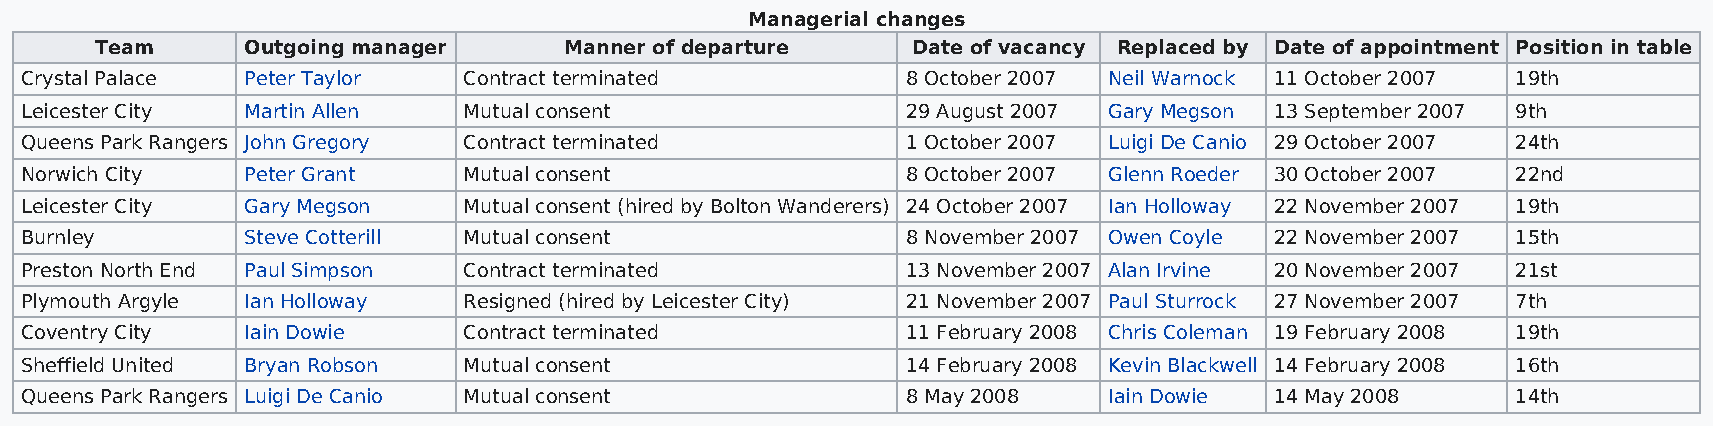
Managerial changes
 Team      Outgoing manager     Manner of departure    Date of vacancy Replaced by Date of appointment Position in table
 Crystal Palace Peter Taylor   Contract terminated          8 October 2007 Neil Warnock 11 October 2007 19th
 Leicester City Martin Allen   Mutual consent               29 August 2007 Gary Megson 13 September 2007 9th
 Queens Park Rangers John Gregory Contract terminated       1 October 2007 Luigi De Canio 29 October 2007 24th
 Norwich City   Peter Grant    Mutual consent               8 October 2007 Glenn Roeder 30 October 2007 22nd
 Leicester City Gary Megson    Mutual consent (hired by Bolton Wanderers) 24 October 2007 Ian Holloway 22 November 2007 19th
 Burnley        Steve Cotterill Mutual consent              8 November 2007 Owen Coyle 22 November 2007 15th
 Preston North End Paul Simpson Contract terminated         13 November 2007 Alan Irvine 20 November 2007 21st
 Plymouth Argyle Ian Holloway  Resigned (hired by Leicester City) 21 November 2007 Paul Sturrock 27 November 2007 7th
 Coventry City  Iain Dowie     Contract terminated          11 February 2008 Chris Coleman 19 February 2008 19th
 Sheffield United Bryan Robson Mutual consent               14 February 2008 Kevin Blackwell 14 February 2008 16th
 Queens Park Rangers Luigi De Canio Mutual consent          8 May 2008   Iain Dowie 14 May 2008     14th